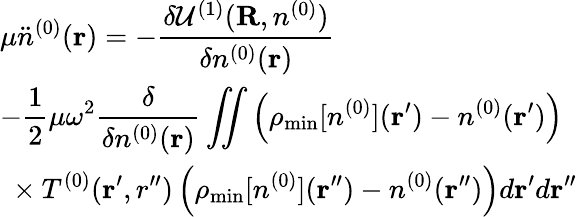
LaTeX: \begin{array}{l}{{\displaystyle\mu{\ddot{n}}^{(0)}({\mathbf r})=-\frac{\delta{\cal U}^{(1)}({\mathbf R},n^{(0)})}{\delta n^{(0)}({\mathbf r})}}\ ~}\\ {{\displaystyle-\frac{1}{2}\mu\omega^{2}\frac{\delta}{\delta n^{(0)}({\mathbf r})}\iint\left(\rho_{\mathrm{min}}[n^{(0)}]({\mathbf r^{\prime}})-n^{(0)}({\mathbf r^{\prime}})\right)}\ ~}\\ {{\displaystyle~\times T^{(0)}({\mathbf r^{\prime},r^{\prime\prime}})\left(\rho_{\mathrm{min}}[n^{(0)}]({\mathbf r^{\prime\prime}})-n^{(0)}({\mathbf r^{\prime\prime}})\right)d{\mathbf r^{\prime}}d{\mathbf r^{\prime\prime}}}}\end{array}